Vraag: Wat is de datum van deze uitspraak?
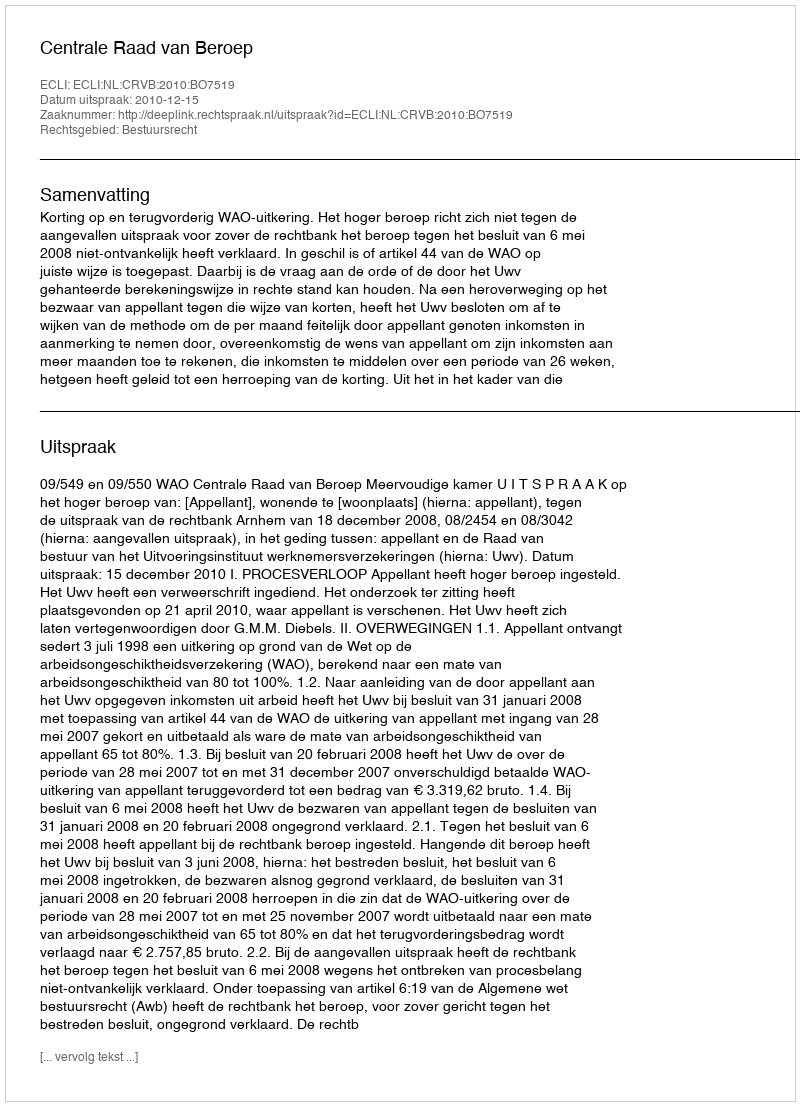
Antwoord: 2010-12-15